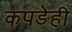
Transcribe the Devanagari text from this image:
कपडेही